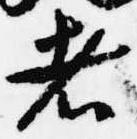
者